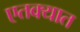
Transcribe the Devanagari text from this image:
एतक्यात